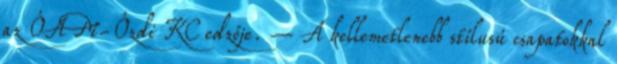
az ÓAM-Ózdi KC edzője. – A kellemetlenebb stílusú csapatokkal